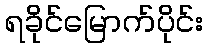
ရခိုင်မြောက်ပိုင်း